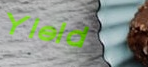
Yield